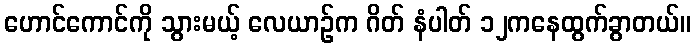
ဟောင်ကောင်ကို သွားမယ့် လေယာဉ်က ဂိတ် နံပါတ် ၁၂ကနေထွက်ခွာတယ်။